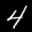
Label: 4